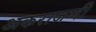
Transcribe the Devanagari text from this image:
अकराजणी